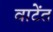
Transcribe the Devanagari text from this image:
वाटेंत